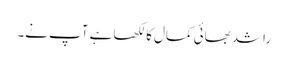
راشد بھائی کمال کا لکھا ہے آپ نے۔